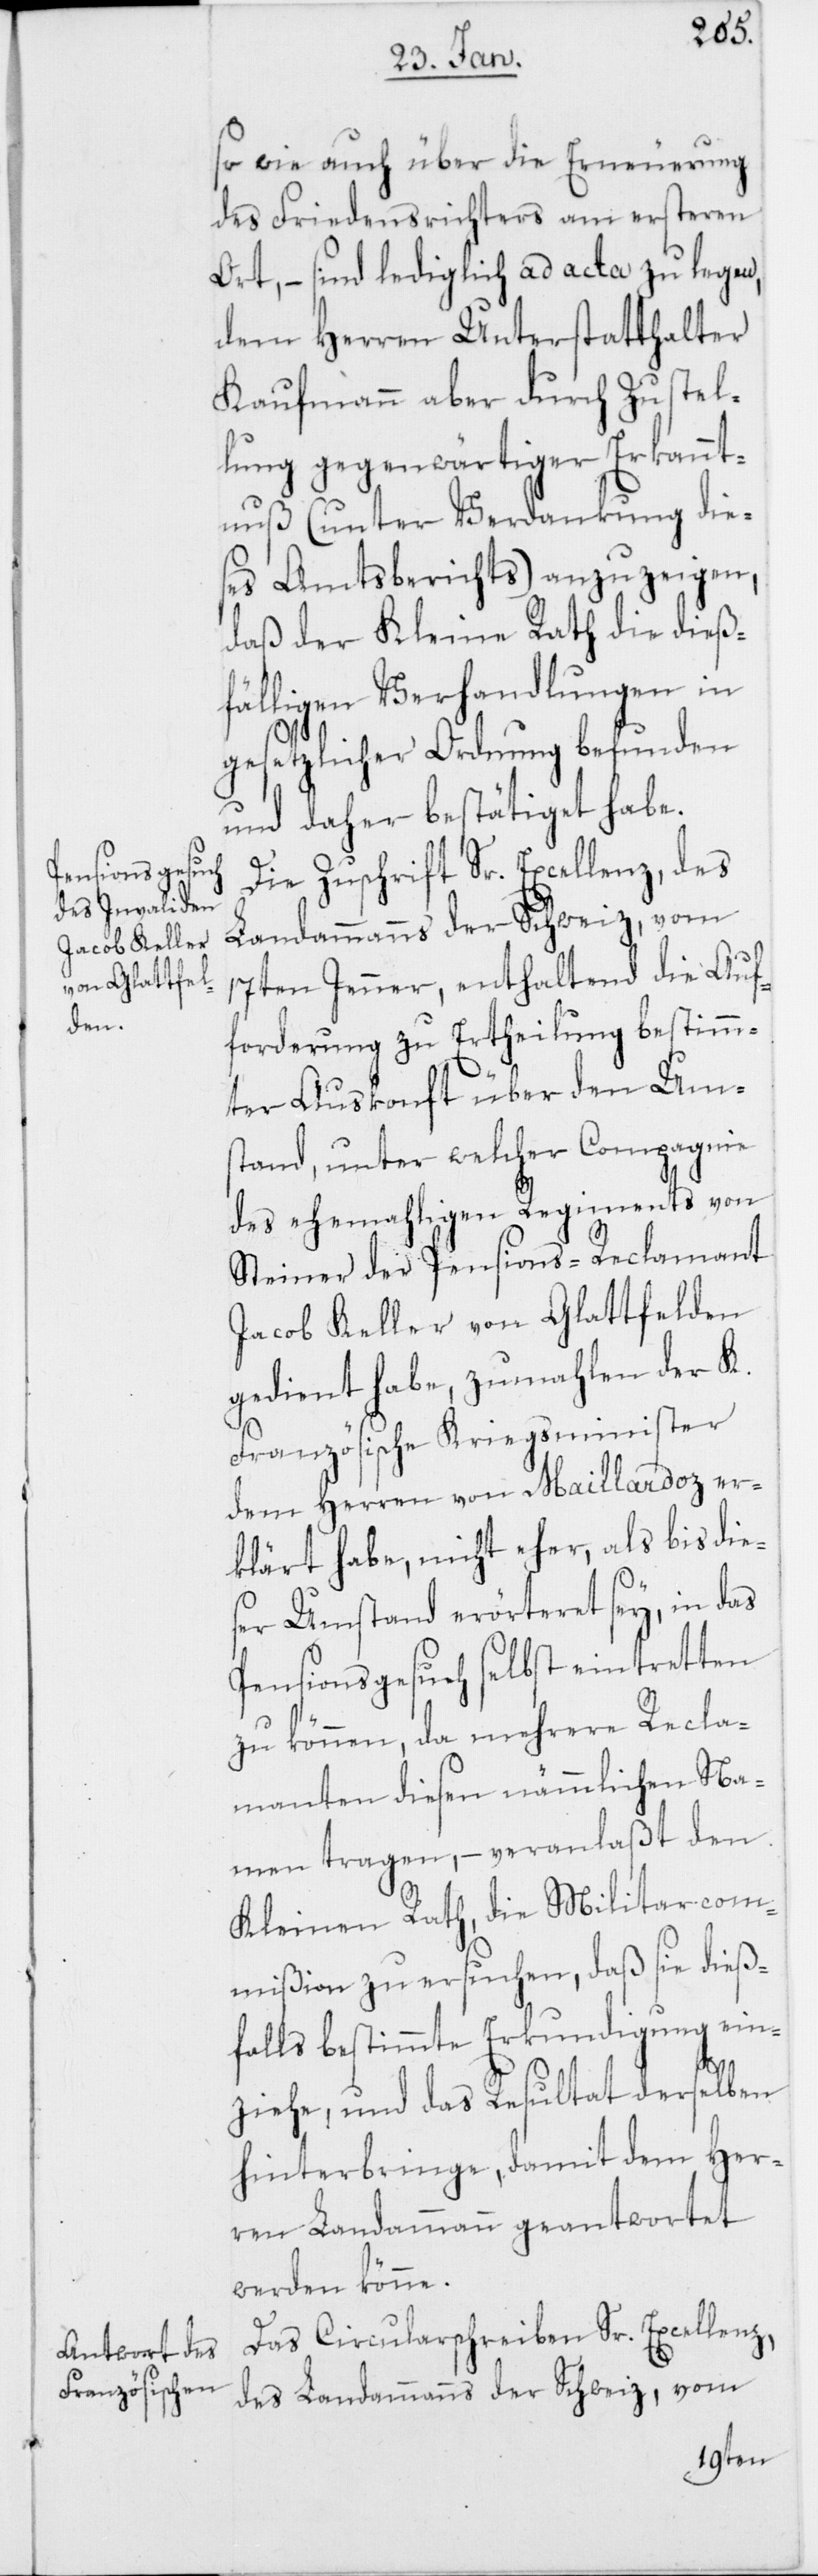
des Friedensrichters am ersteren
Ort, – sind lediglich ad acta zu legen,
dem Herren Unterstatthalter
Kaufmann aber durch Zustel¬
lung gegenwärtiger Erkannt¬
nuß (unter Verdankung die¬
ses Amtsberichts) anzuzeigen,
daß der Kleine Rath die dieß¬
fälligen Verhandlungen in
gesetzlicher Ordnung befunden
und daher bestätiget habe.
Die Zuschrift Sr. Excellenz, des
Landammanns der Schweiz, vom
17ten Jenner, enthaltend die Auf¬
forderung zu Ertheilung bestimm¬
ter Auskonft über den Um¬
stand, unter welcher Compagnie
des ehemahligen Regiments von
Steiner der Pensions-Reclamant
Jacob Keller von Glattfelden
gedient habe, zumahlen der K.
Französische Kriegsminister
dem Herren von Maillardoz er¬
klärt habe, nicht eher, als bis die¬
ser Umstand erörteret sey, in das
Pensionsgesuch selbst eintretten
zu können, da mehrere Recla¬
manten diesen nämmlichen Na¬
men tragen, – veranlaßt den
Kleinen Rath, die Militarcom¬
mißion zu ersuchen, daß sie dieß¬
falls bestimmte Erkundigung ein¬
ziehe, und das Resultat derselben
hinterbringe, damit dem Her¬
ren Landammann geantwortet
werden könne.
Das Circularschreiben Sr. Excellenz,
des Landammanns der Schweiz, vom